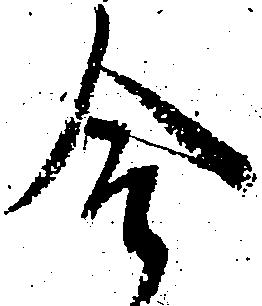
合